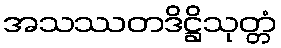
အသဿတဒိဋ္ဌိသုတ္တံ